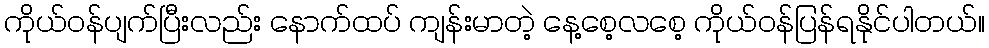
ကိုယ်ဝန်ပျက်ပြီးလည်း နောက်ထပ် ကျန်းမာတဲ့ နေ့စေ့လစေ့ ကိုယ်ဝန်ပြန်ရနိုင်ပါတယ်။